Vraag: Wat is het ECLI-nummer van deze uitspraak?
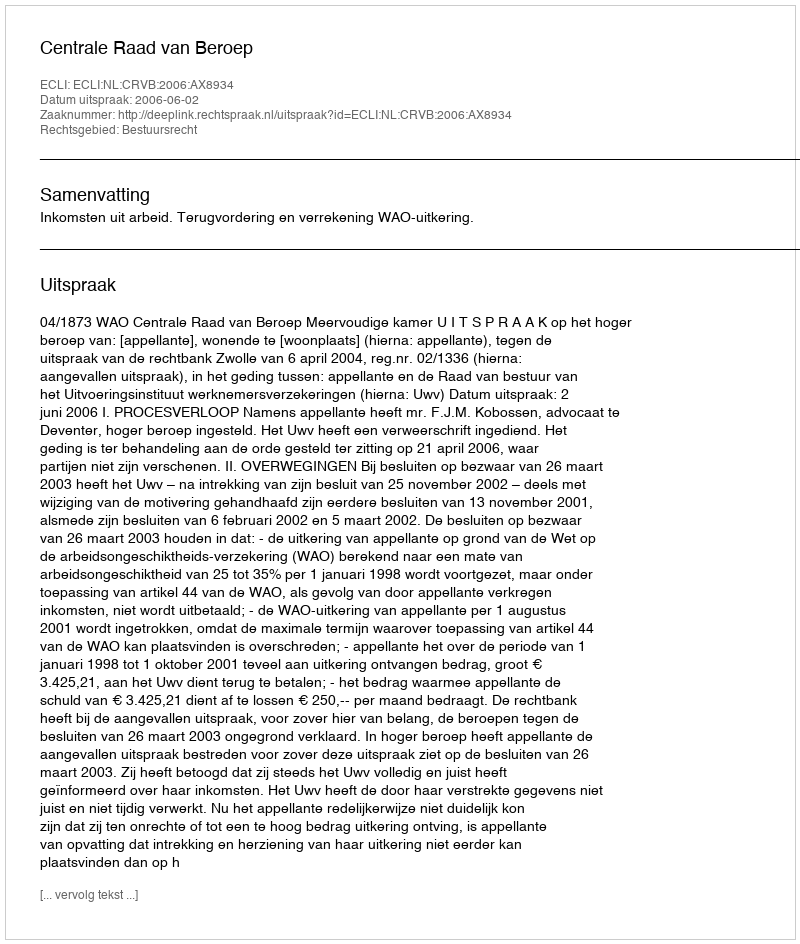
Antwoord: ECLI:NL:CRVB:2006:AX8934